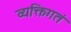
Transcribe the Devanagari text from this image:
व्यक्तिगतं